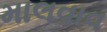
માલવાવ